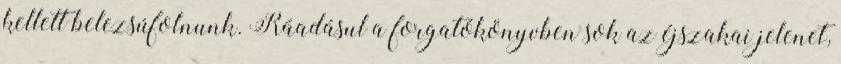
kellett belezsúfolnunk. Ráadásul a forgatókönyvben sok az éjszakai jelenet,